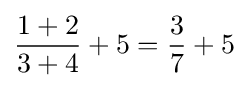
{\frac {1+2}{3+4}}+5={\frac {3}{7}}+5